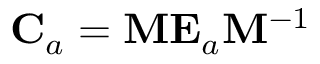
{ { \bf { C } } _ { a } } = { \bf { M } } { { \bf { E } } _ { a } } { { \bf { M } } ^ { - 1 } }